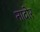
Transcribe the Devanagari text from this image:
नादोर